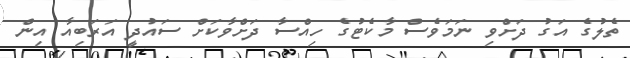
ތެލުގެ އަގު ދަށްވި ނަމަވެސް މާކެޓުގެ ހިއްސާ ދަށްވާކަށް ސައުދީ އަރަބިއާ އިން